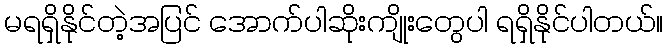
မရရှိနိုင်တဲ့အပြင် အောက်ပါဆိုးကျိုးတွေပါ ရရှိနိုင်ပါတယ်။